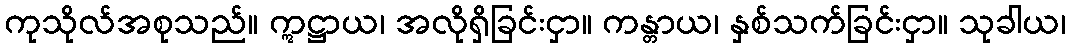
ကုသိုလ်အစုသည်။ ဣဋ္ဌာယ၊ အလိုရှိခြင်းငှာ။ ကန္တာယ၊ နှစ်သက်ခြင်းငှာ။ သုခါယ၊